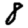
Digit: 8